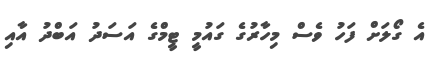
އެ ގޯލަށް ފަހު ވެސް މިހާރުގެ ގައުމީ ޓީމްގެ އަސަދު އަބްދު އާއި